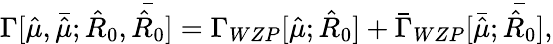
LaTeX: \Gamma[{\hat{\mu}},{\bar{\hat{\mu}}};{\hat{R}_{0}},{\bar{\hat{R}_{0}}}]=\Gamma_{WZP}[{\hat{\mu}};{\hat{R}_{0}}]+{\bar{\Gamma}_{WZP}}[{\bar{\hat{\mu}}};{\bar{\hat{R}_{0}}}],